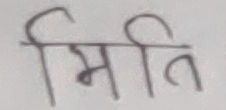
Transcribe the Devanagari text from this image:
मिति